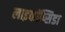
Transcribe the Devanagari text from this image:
लाइकॉप्सिडा